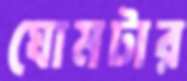
ঘোমটার